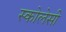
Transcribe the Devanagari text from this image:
स्कोलेसी